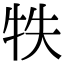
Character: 𤙈